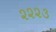
૨૨૨૩